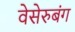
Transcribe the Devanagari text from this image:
वेसेरुबंग